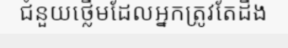
ជំនួយថ្លើមដែលអ្នកត្រូវតែដឹង